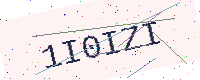
Text: 1I0IZI